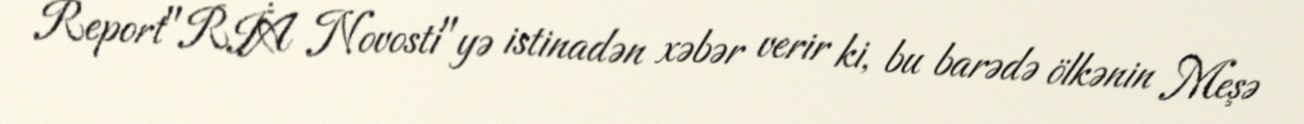
Report"RİA Novosti"yə istinadən xəbər verir ki, bu barədə ölkənin Meşə